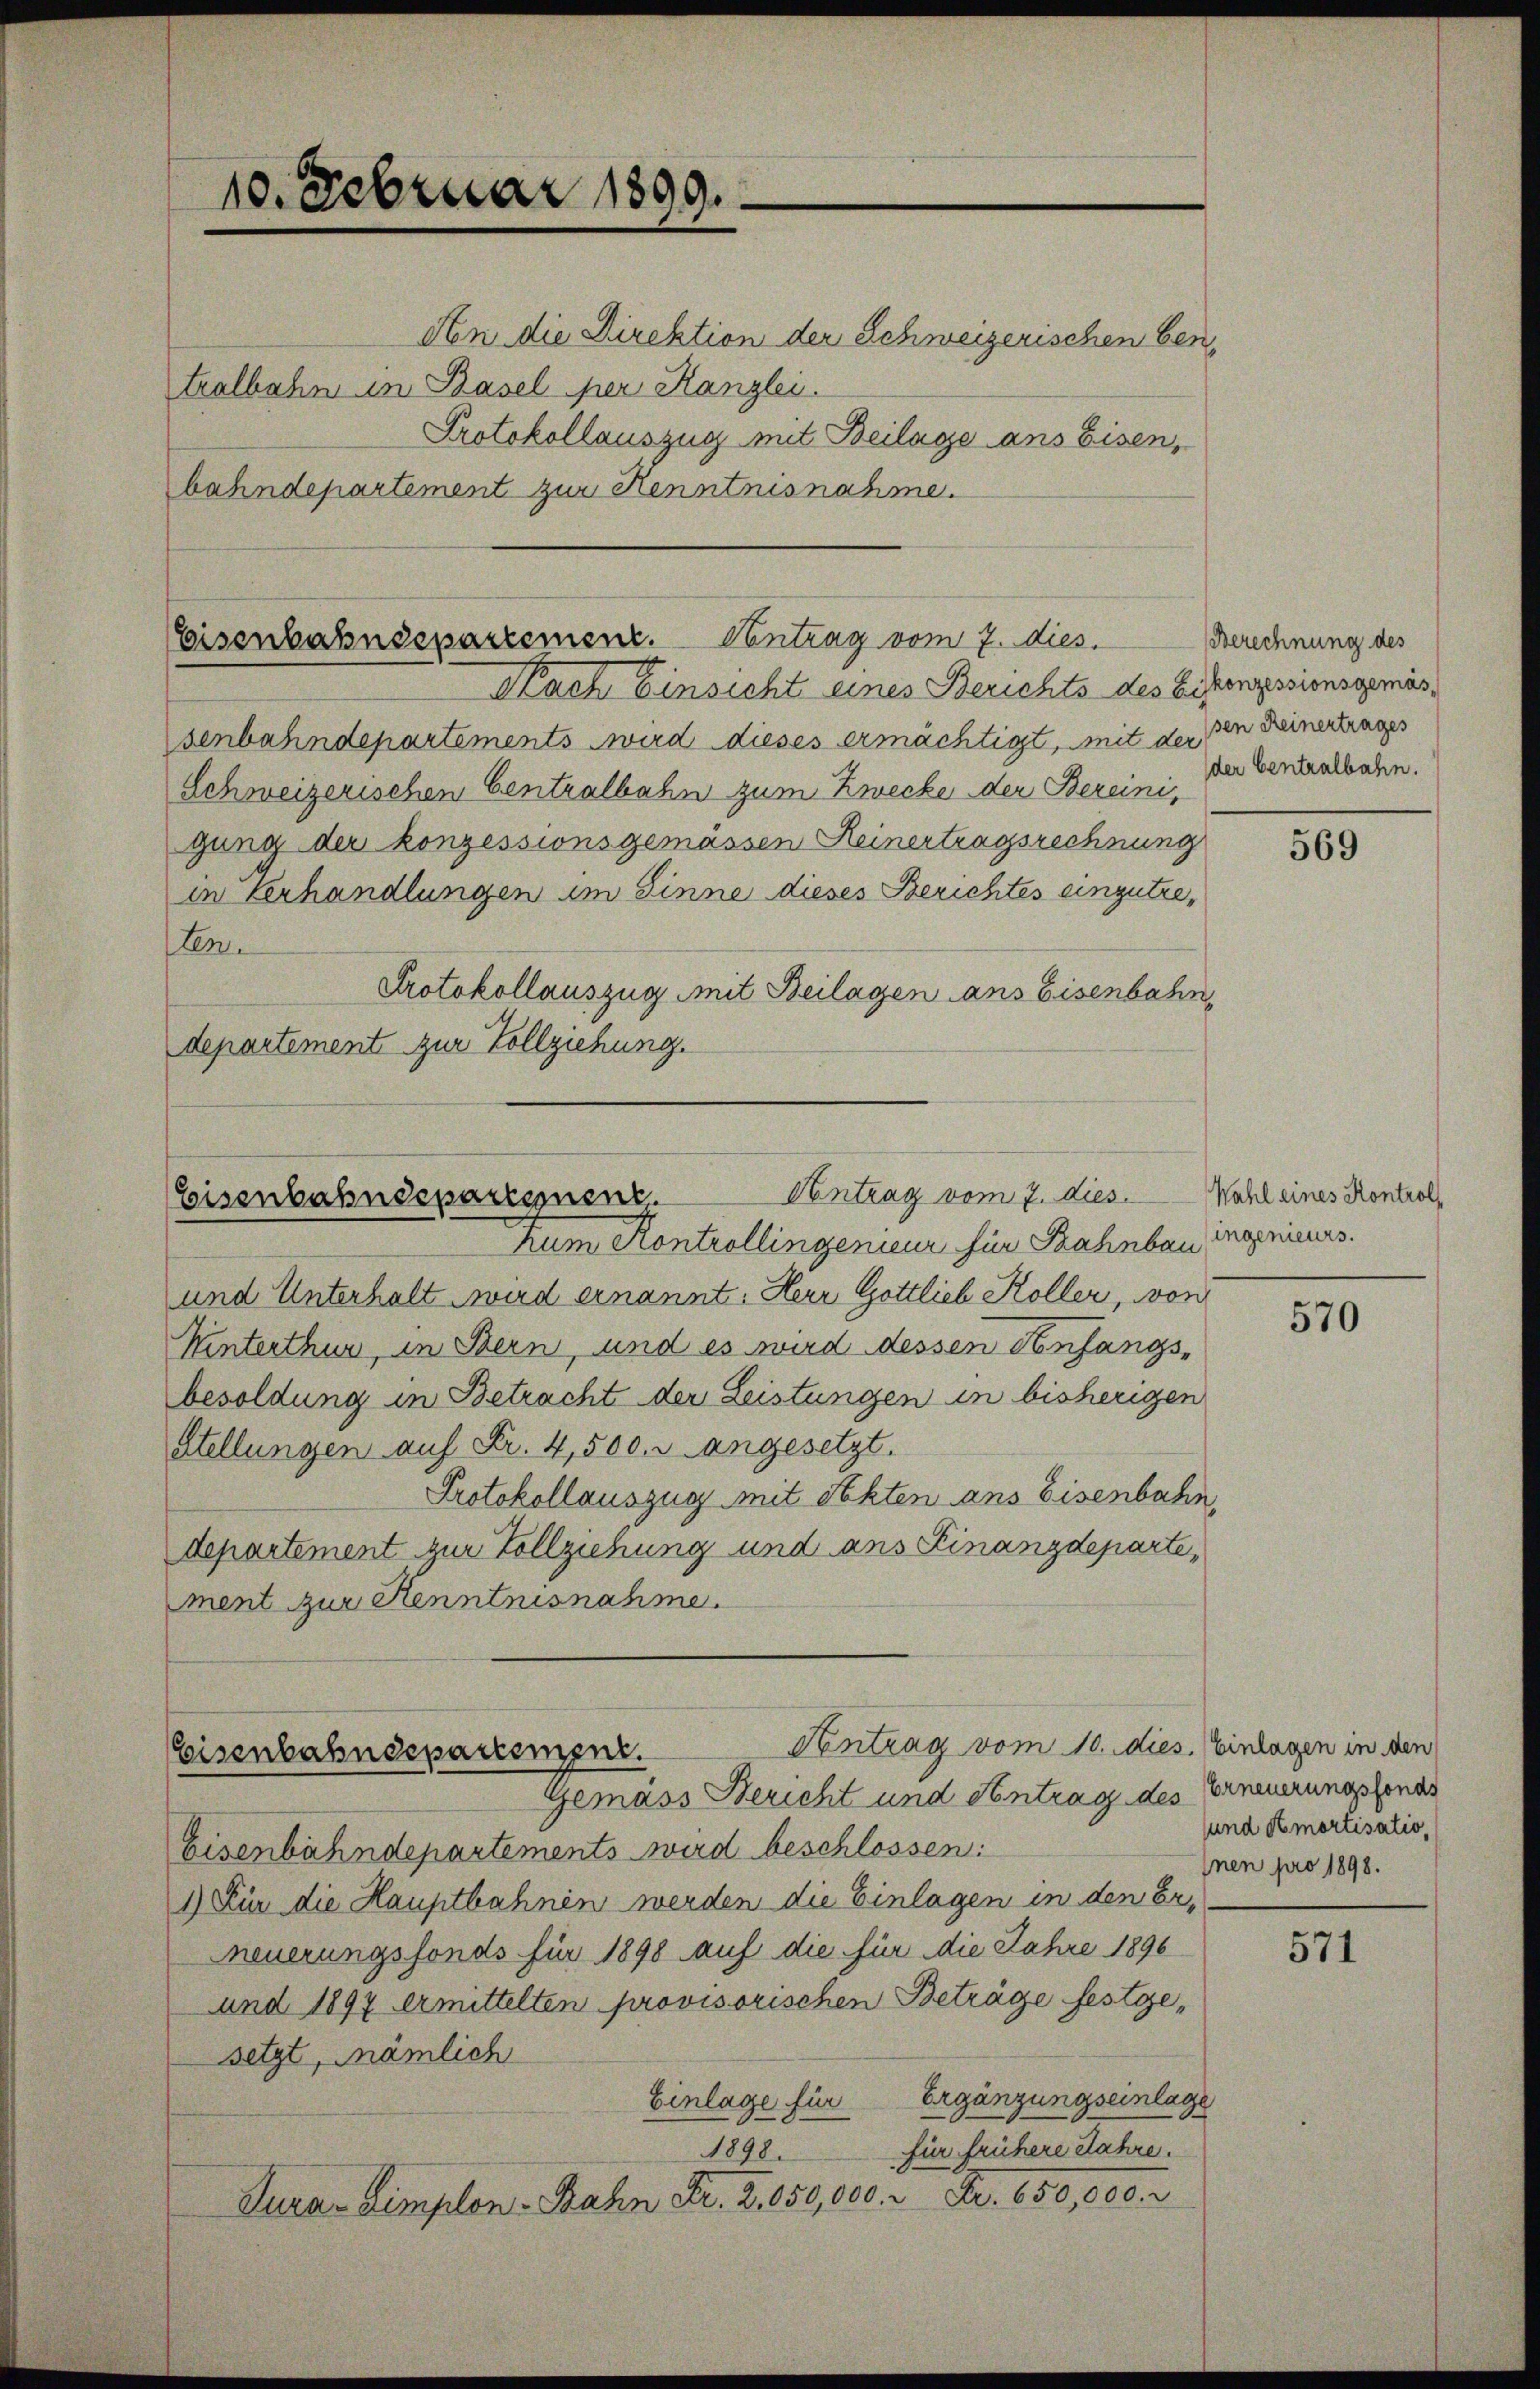
den die Direktion der Schweizerischen ben
tralbahn in Basel per Kanzlei.
Protokollauszug mit Beilage ans Eisen,
bahndepartement zur Kenntnisnahme.

Eisenbahndepartement. Antrag vom 7. dies

10. Februar 1899.

Contrag vom 7. dies. Wahl eines Kontrol¬
Eisenbahndepartement.

Nach Einsicht eines Berichts des Eiskonzessionsgemässenbahndepartements wird dieses ermächtigt, mit der den Deinertrages
Schweizerischen Centralbahn zum Zwecke der Bereinigung der konzessionsgemässen Heinertragsrechnung
in Erhandlungen im Sinne dieses Berichtes einzutreten.
Protokollauszug mit Beilagen ans Eisenbahn,
departement zur Vollziehung.

Antrag vom 10. dies. Einlagen in den
Eisenbahndepartement.
Gemäss Bericht und Antrag des Erneuerungsfonds

Berechnung des
der Centralbahn.

Zum Kontrollingenieur für Bahnbau ingenieurs.
und Unterhalt wird ernannt. Herr Gottlieb Koller, von
Winterthur, in Bern, und es wird dessen Anfangsbesoldung in Betracht der Leistungen in bisherigen
Stellungen auf Fr. 4,500. r angesetzt.
Protokollauszug mit Sekten ans Eisenbahn,
departement zur Vollziehung und ans Finanzdeparte,
ment zur Kenntnisnahme.

Eisenbahndepartements wird beschlossen:
1) Für die Hauptbahnen werden die Einlagen in den Er-
Meuerungsfonds für 1898 auf die für die Jahre 1896
und 1897 ermittelten provisorischen Beträge festgesetzt, nämlich
Einlage für Ergänzungseinlage
für frühere Jahre.
1898.
Furar Simplon-Bahn Fr. 2, 150,000. u Fr. 650,000.

569

570

sund Amortisatio,
Inen pro 1898.

571